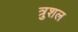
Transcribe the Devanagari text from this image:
त्रुशल